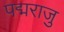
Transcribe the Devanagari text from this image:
पद्मराजु